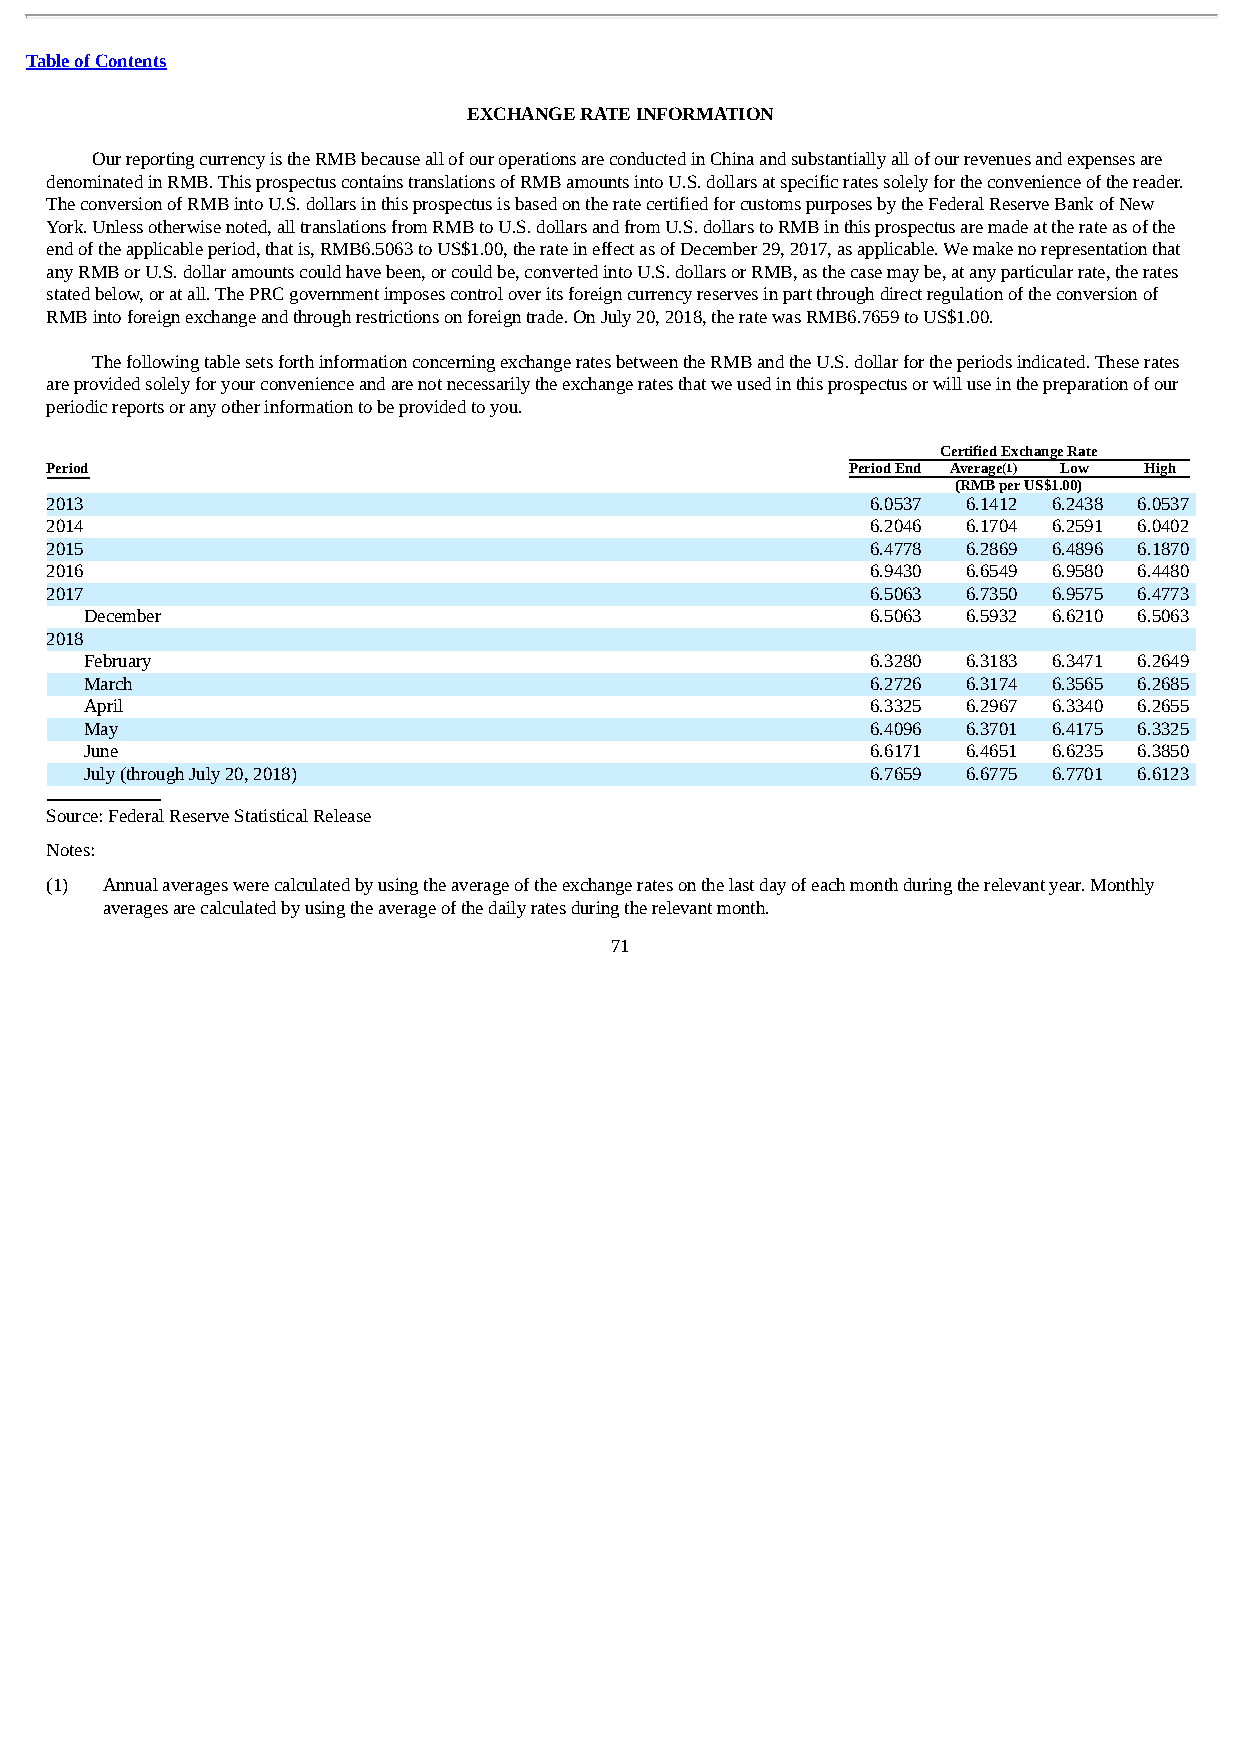
Table of Contents
 EXCHANGE RATE INFORMATION
 Our reporting currency is the RMB because all of our operations are conducted in China and substantially all of our revenues and expenses are
 denominated in RMB. This prospectus contains translations of RMB amounts into U.S. dollars at specific rates solely for the convenience of the reader.
 The conversion of RMB into U.S. dollars in this prospectus is based on the rate certified for customs purposes by the Federal Reserve Bank of New
 York. Unless otherwise noted, all translations from RMB to U.S. dollars and from U.S. dollars to RMB in this prospectus are made at the rate as of the
 end of the applicable period, that is, RMB6.5063 to US$1.00, the rate in effect as of December 29, 2017, as applicable. We make no representation that
 any RMB or U.S. dollar amounts could have been, or could be, converted into U.S. dollars or RMB, as the case may be, at any particular rate, the rates
 stated below, or at all. The PRC government imposes control over its foreign currency reserves in part through direct regulation of the conversion of
 RMB into foreign exchange and through restrictions on foreign trade. On July 20, 2018, the rate was RMB6.7659 to US$1.00.
 The following table sets forth information concerning exchange rates between the RMB and the U.S. dollar for the periods indicated. These rates
 are provided solely for your convenience and are not necessarily the exchange rates that we used in this prospectus or will use in the preparation of our
 periodic reports or any other information to be provided to you.
 Certified Exchange Rate
 Period                                               Period End Average(1) Low High
 (RMB per US$1.00)
 2013                                                   6.0537 6.1412 6.2438 6.0537
 2014                                                   6.2046 6.1704 6.2591 6.0402
 2015                                                   6.4778 6.2869 6.4896 6.1870
 2016                                                   6.9430 6.6549 6.9580 6.4480
 2017                                                   6.5063 6.7350 6.9575 6.4773
 December                                            6.5063 6.5932 6.6210 6.5063
 2018
 February                                            6.3280 6.3183 6.3471 6.2649
 March                                               6.2726 6.3174 6.3565 6.2685
 April                                               6.3325 6.2967 6.3340 6.2655
 May                                                 6.4096 6.3701 6.4175 6.3325
 June                                                6.6171 6.4651 6.6235 6.3850
 July (through July 20, 2018)                        6.7659 6.6775 6.7701 6.6123
 Source: Federal Reserve Statistical Release
 Notes:
 (1) Annual averages were calculated by using the average of the exchange rates on the last day of each month during the relevant year. Monthly
 averages are calculated by using the average of the daily rates during the relevant month.
 71